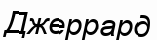
Джеррард